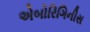
એબોરિગિનીસ